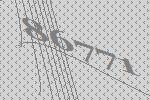
86771